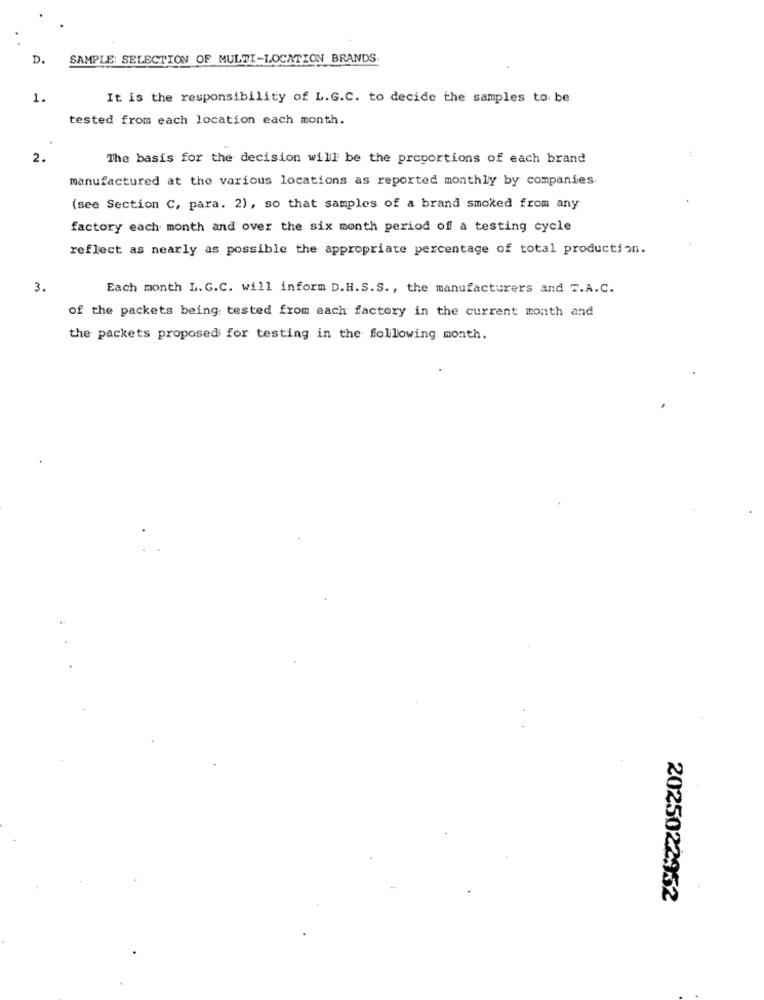
D.
SAMPLE: SELECTION OF MULTI-LOCATION BRANDS
1.
It is the responsibility of L. G.C. to decide the samples to be
tested from each location each month.
2.
The basis for the decision will be the preportions of each brand
manufactured at the various locations as reported monthly by companies.
(see Section C, para. 2), so that samples of a brand smoked from any
factory each month and over the six month period of a testing cycle
reflect as nearly as possible the appropriate percentage of total production.
3.
Each month L. G.C. will inform D.H.S. S ., the manufacturers and T.A.C.
of the packets being tested from each factory in the current month and
the packets proposed for testing in the following month.
2025022952